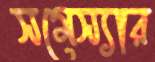
সমেস্যার